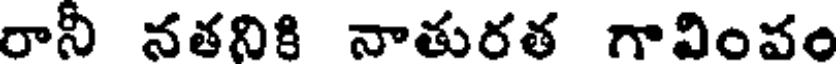
రానీ నతనికి నాతురత గావింవం